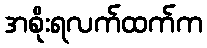
အစိုးရလက်ထက်က